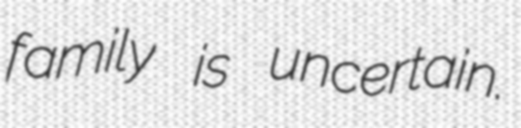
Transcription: family is uncertain.